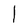
Character: I